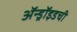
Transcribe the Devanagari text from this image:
ॲन्ड्रॉइडची